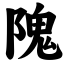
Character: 隗